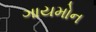
ગાયમોન